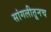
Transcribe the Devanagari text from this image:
सांगलीतूनच